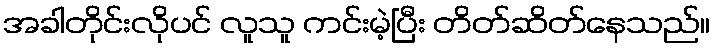
အခါတိုင်းလိုပင် လူသူ ကင်းမဲ့ပြီး တိတ်ဆိတ်နေသည်။